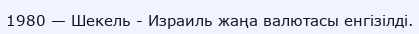
1980 — Шекель - Израиль жаңа валютасы енгізілді.